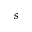
s